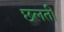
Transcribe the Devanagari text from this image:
छलती